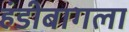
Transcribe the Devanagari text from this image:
हंडीबागला